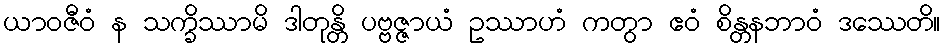
ယာဝဇီဝံ န သက္ခိဿာမိ ဒါတုန္တိ ပဗ္ဗဇ္ဇာယံ ဥဿာဟံ ကတွာ ဧဝံ စိန္တနဘာဝံ ဒဿေတိ။